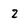
Character: Z